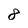
Character: 8